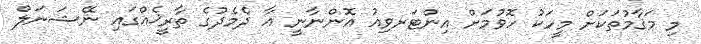
މި މަޤާމުތަކަށް މީހަކު ހޮވުމަށް އިންޓަރވިއު އޮންނާނީ އާ ދެމެދުގެ ތާރީޚެއްގައި ނޭޝަނަލް